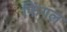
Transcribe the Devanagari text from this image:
फिंगल